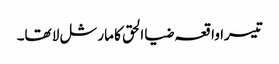
تیسرا واقعہ ضیا الحق کا مارشل لا تھا۔